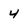
Character: 4